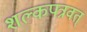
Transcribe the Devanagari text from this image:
शल्कपत्रवत्‌